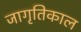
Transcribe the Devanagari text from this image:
जागृतिकाल